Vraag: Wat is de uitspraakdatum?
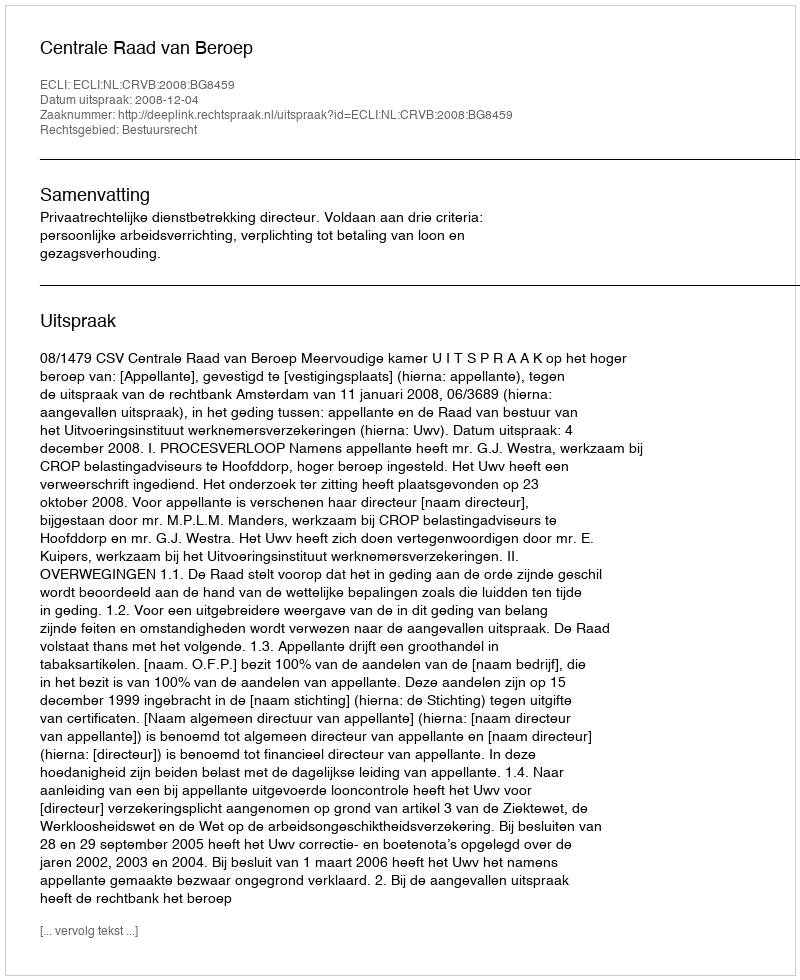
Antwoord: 2008-12-04